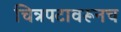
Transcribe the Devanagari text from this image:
चित्रपटावरूनच